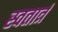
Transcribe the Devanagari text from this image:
स्वतार्त्र